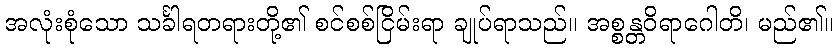
အလုံးစုံသော သင်္ခါရတရားတို့၏ စင်စစ်ငြိမ်းရာ ချုပ်ရာသည်။ အစ္စန္တဝိရာဂေါတိ၊ မည်၏။